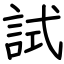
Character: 試